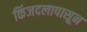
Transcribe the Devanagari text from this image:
किंजदलापासून